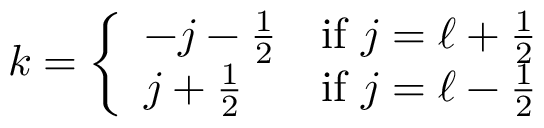
k = { \left\{ \begin{array} { l l } { - j - { \frac { 1 } { 2 } } } & { { \mathrm { i f ~ } } j = \ell + { \frac { 1 } { 2 } } } \\ { j + { \frac { 1 } { 2 } } } & { { \mathrm { i f ~ } } j = \ell - { \frac { 1 } { 2 } } } \end{array} \right. }